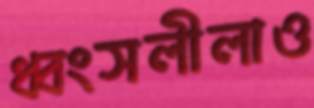
ধ্বংসলীলাও